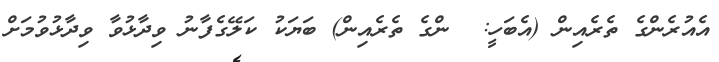
އެއުރެންގެ ތެރެއިން (އެބަހީ:  ންގެ ތެރެއިން) ބަޔަކު ކަލޭގެފާނު ވިދާޅުވާ ވިދާޅުވުމަށް